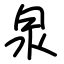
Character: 泉